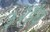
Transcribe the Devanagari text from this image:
३२इंच